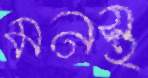
মনস্থ